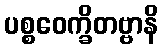
ပစ္စဝေက္ခိတဗ္ဗာနိ